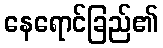
နေရောင်ခြည်၏